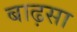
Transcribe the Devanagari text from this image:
बाढ़सा